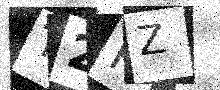
Text: T2PZ